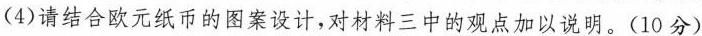
(4)请结合欧元纸币的图案设计，对材料三中的观点加以说明。(10分)